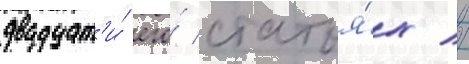
двадцат'и́ его́ статья́х //